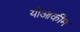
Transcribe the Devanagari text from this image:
योआकीम